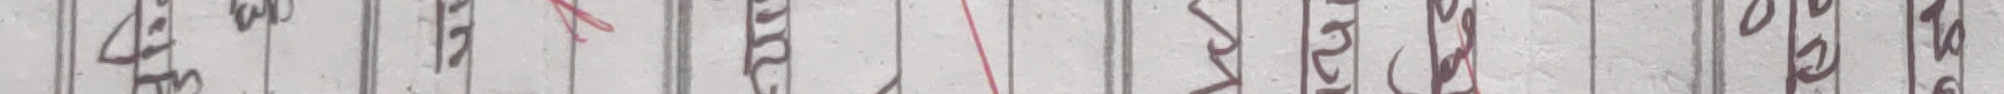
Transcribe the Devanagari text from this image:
१ २ ३ ४ ५ ६ ७ ८ ९ ० १ १० ११